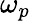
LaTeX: \omega_{p}